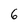
Character: 6